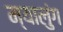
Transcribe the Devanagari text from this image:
म्यालुंग